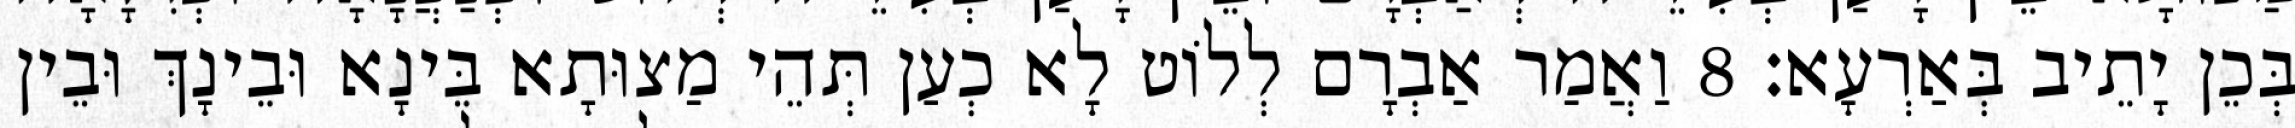
בְּכֵן יָתֵיב בְּאַרְעָא׃ 8 וַאֲמַר אַבְרָם לְלוֹט לָא כְעַן תְּהֵי מַצוּתָא בֵּינָא וּבֵינָךְ וּבֵין